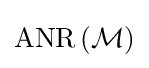
\operatorname {ANR} \left({\mathcal {M}}\right)